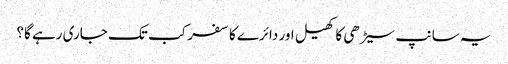
یہ سانپ سیڑھی کا کھیل اور دائرے کا سفر کب تک جاری رہے گا؟